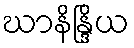
ဃာနိန္ဒြိယ